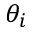
\theta _ { i }